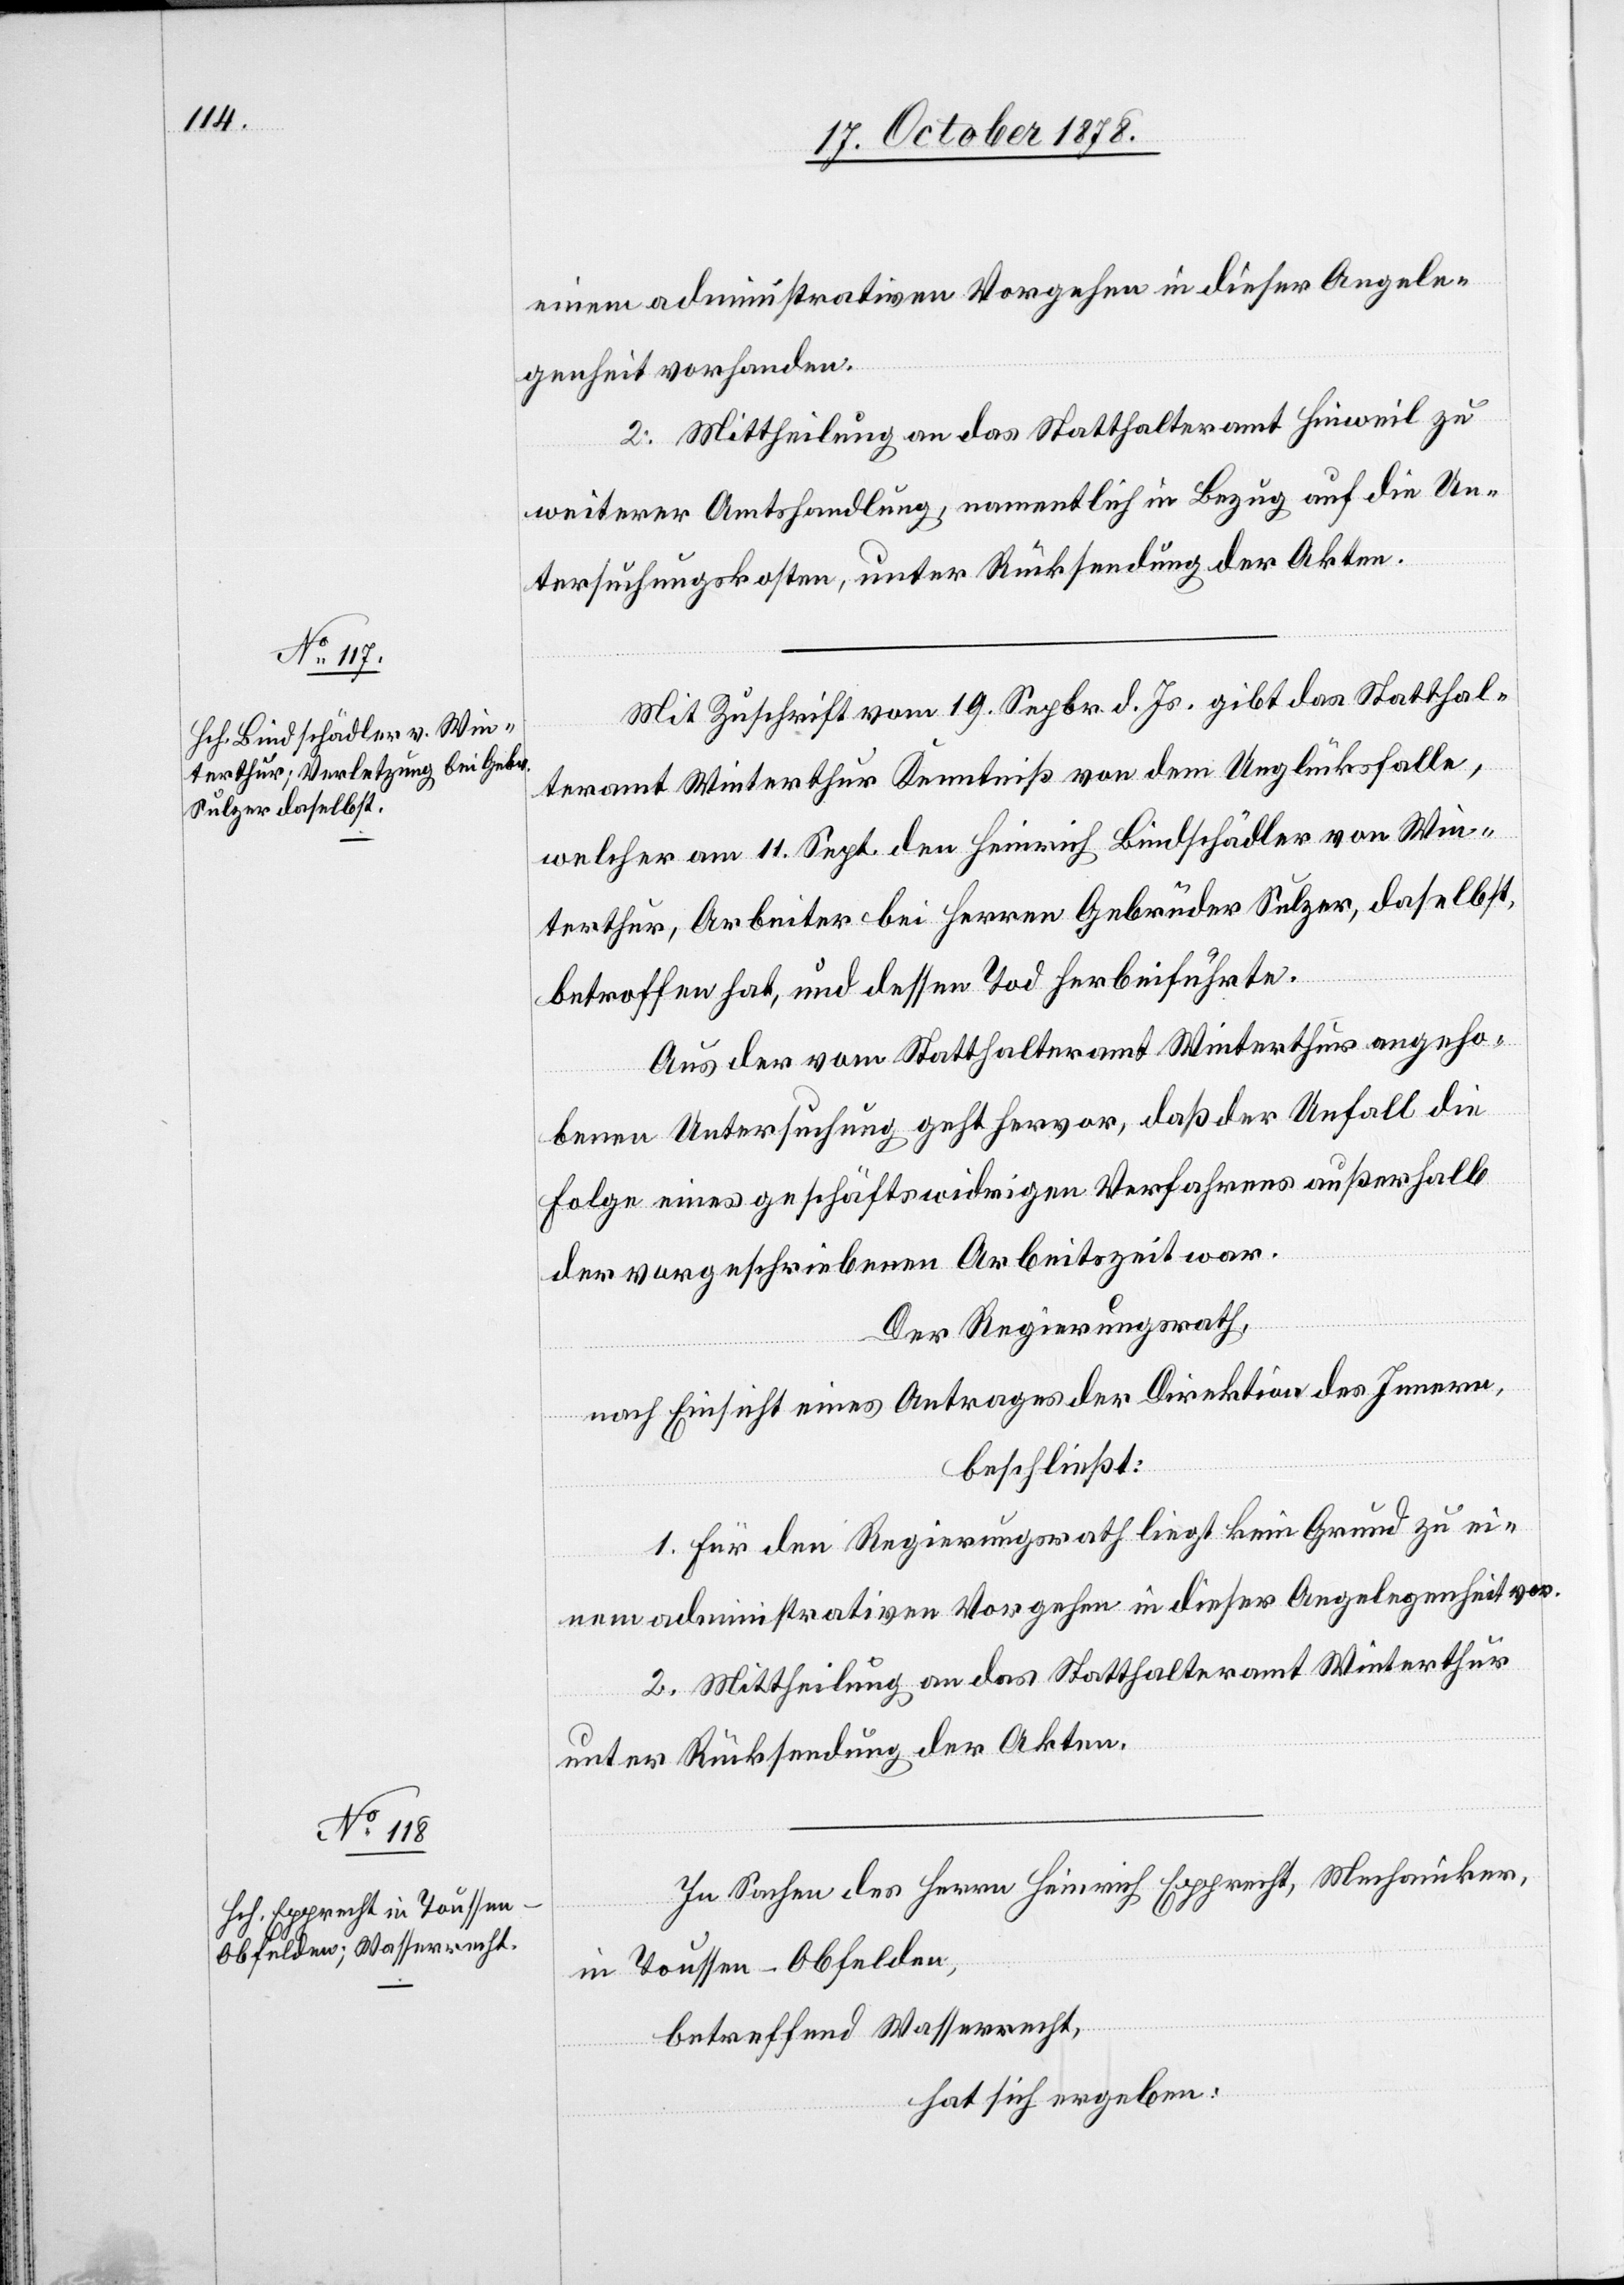
einem administrativen Vorgehen in dieser Angele¬
genheit vorhanden.
2. Mittheilung an das Statthalteramt Hinweil zu
weiterer Amtshandlung, namentlich in Bezug auf die Un¬
tersuchungsakten, unter Rücksendung der Akten.
Mit Zuschrift vom 19. Sepbr. d. Js. gibt das Statthal¬
teramt Winterthur Kenntniß von dem Unglücksfalle,
welcher am 11. Sept. den Heinrich Bindschädler von Win¬
terthur, Arbeiter bei Herren Gebrüder Sulzer, daselbst,
betroffen hat, und dessen Tod herbeiführte.
Aus der vom Statthalteramt Winterthur angeho¬
benen Untersuchung geht hervor, daß der Unfall die
Folge eines geschäftswidrigen Verfahrens außerhalb
der vorgeschriebenen Arbeitszeit war.
Der Regierungsrath,
nach Einsicht eines Antrages der Direktion des Innern,
beschließt:
1. Für den Regierungsrath liegt kein Grund zu ei¬
nem administrativen Vorgehen in dieser Angelegenheit vor.
2. Mittheilung an das Statthalteramt Winterthur
unter Rücksendung der Akten.
In Sachen des Heinrich Epprecht, Mechaniker
in Toussen - Obfelden,
betreffend Wasserrecht,
hat sich ergeben: